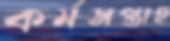
কর্মসপ্তাহ